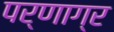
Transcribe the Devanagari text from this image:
पर्णाग्र